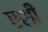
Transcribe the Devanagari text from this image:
एशी